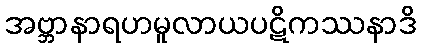
အဗ္ဘာနာရဟမူလာယပဋိကဿနာဒိ